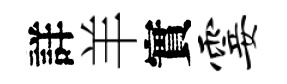
詳羊實霎